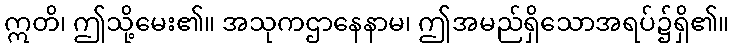
ဣတိ၊ ဤသို့မေး၏။ အသုကဌာနေနာမ၊ ဤအမည်ရှိသောအရပ်၌ရှိ၏။